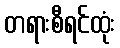
တရားစီရင်ထုံး